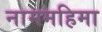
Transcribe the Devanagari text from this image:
नाममहिमा